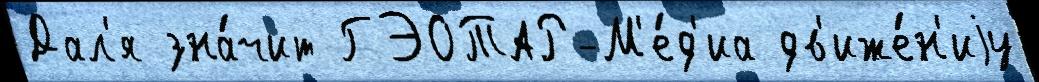
Дал'я зна́чит ГЭОТАР-М'е́д'иа дв'иже́н'иjу